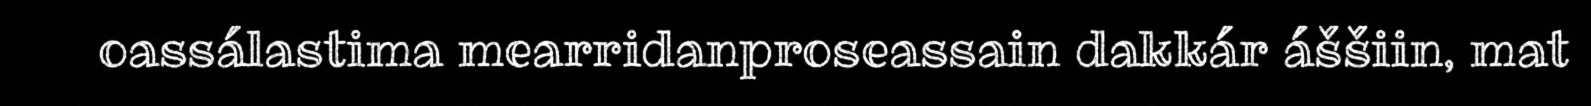
oassálastima mearridanproseassain dakkár áššiin, mat